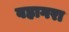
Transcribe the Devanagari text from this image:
वहागरा